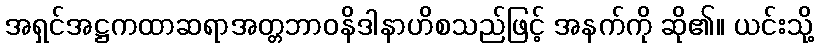
အရှင်အဋ္ဌကထာဆရာအတ္တဘာဝနိဒါနာဟိစသည်ဖြင့် အနက်ကို ဆို၏။ ယင်းသို့